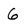
Character: 6